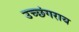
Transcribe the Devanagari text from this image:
उच्छंगराय